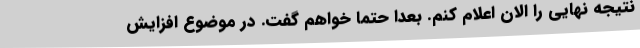
نتیجه نهایی را الان اعلام کنم. بعداً حتماً خواهم گفت. در موضوع افزایش